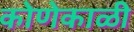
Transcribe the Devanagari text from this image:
कोणेकाळी